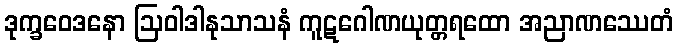
ဒုက္ခဝေဒနော ဩဝါဒါနုသာသနံ ကူဋဂေါဏယုတ္တရထော အညာဏဿေတံ